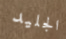
الجليد